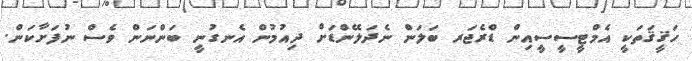
ހަޤީޤަތަކީ އެމްޓީސީސީއިން ޑްރެޖަރ ބަަލަން ނެދަލޭންޑަށް ދިއުމުން އެނގުނީ ބަންނަން ވެސް ނުފަށާކަން.